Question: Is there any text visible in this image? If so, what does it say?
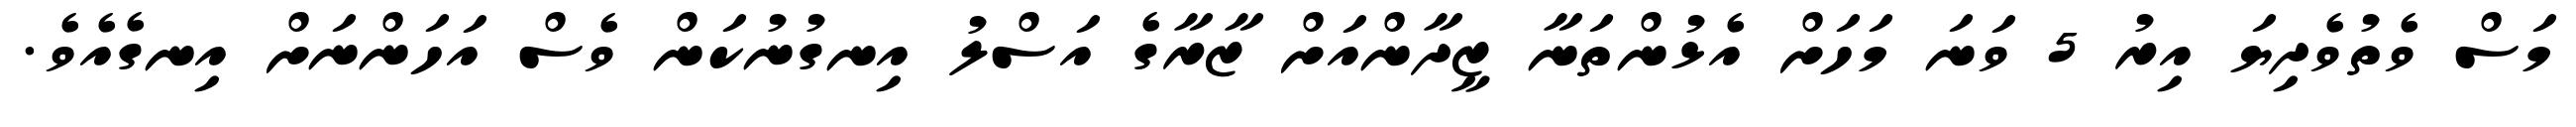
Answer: މަސް ވެތުވެދިޔަ އިރު 5 ވަނަ މަހަށް އެޅުންތަނާ ޒީދާންއަށް ޒާރާގެ އަސްލު އިނގުނުކަން ވެސް އަހަންނަށް އިނގެއެވެ.